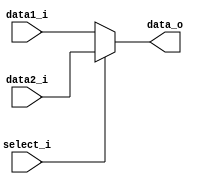
// MUX two values of length 32 bits
module MUX32(
    data1_i,
    data2_i,
    select_i,
    data_o
);

// Ports
input   [31:0]  data1_i;
input   [31:0]  data2_i;
input           select_i;
output  [31:0]  data_o;

// Wires and Registers

// Assignment
assign data_o = (select_i == 0)?    data1_i:
                (select_i == 1)?    data2_i:0;

endmodule